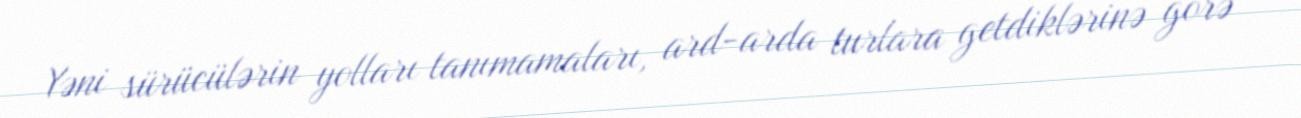
Yəni sürücülərin yolları tanımamaları, ard-arda turlara getdiklərinə görə